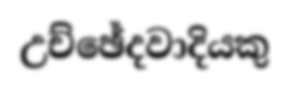
උච්ඡේදවාදියකු